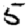
Digit: 5